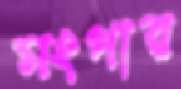
মংগার